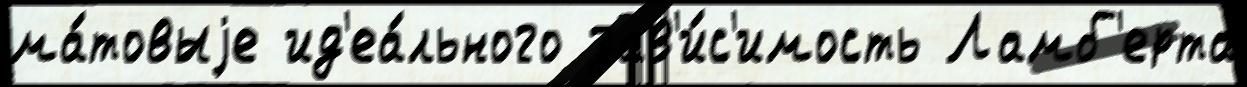
ма́товыjе ид'еа́льного зав'и́с'имость Ламб'ерта